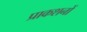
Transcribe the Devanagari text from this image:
प्राकशनों